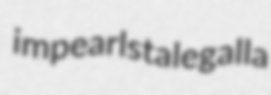
impearls talegalla